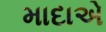
માદાએ